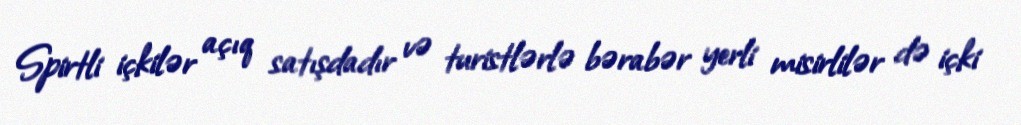
Spirtli içkilər açıq satışdadır və turistlərlə bərabər yerli misirlilər də içki